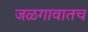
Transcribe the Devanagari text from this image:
जळगावातच